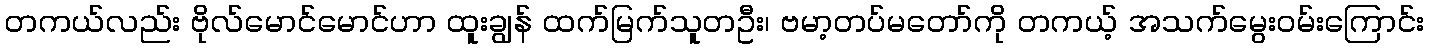
တကယ်လည်း ဗိုလ်မောင်မောင်ဟာ ထူးချွန် ထက်မြက်သူတဦး၊ ဗမာ့တပ်မတော်ကို တကယ့် အသက်မွေးဝမ်းကြောင်း